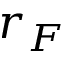
r _ { F }